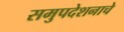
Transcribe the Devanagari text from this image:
समुपदेशनाचे